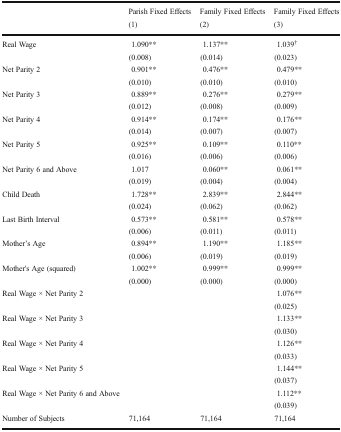
<table><thead><tr><td></td><td><b>Parish Fixed Effects</b></td><td><b>Family Fixed Effects</b></td><td><b>Family Fixed Effects</b></td></tr><tr><td></td><td><b>(1)</b></td><td><b>(2)</b></td><td><b>(3)</b></td></tr></thead><tbody><tr><td rowspan="2">Real Wage</td><td>1.090**</td><td>1.137**</td><td>1.039<sup>†</sup></td></tr><tr><td>(0.008)</td><td>(0.014)</td><td>(0.023)</td></tr><tr><td rowspan="2">Net Parity 2</td><td>0.901**</td><td>0.476**</td><td>0.479**</td></tr><tr><td>(0.010)</td><td>(0.010)</td><td>(0.010)</td></tr><tr><td rowspan="2">Net Parity 3</td><td>0.889**</td><td>0.276**</td><td>0.279**</td></tr><tr><td>(0.012)</td><td>(0.008)</td><td>(0.009)</td></tr><tr><td rowspan="2">Net Parity 4</td><td>0.914**</td><td>0.174**</td><td>0.176**</td></tr><tr><td>(0.014)</td><td>(0.007)</td><td>(0.007)</td></tr><tr><td rowspan="2">Net Parity 5</td><td>0.925**</td><td>0.109**</td><td>0.110**</td></tr><tr><td>(0.016)</td><td>(0.006)</td><td>(0.006)</td></tr><tr><td rowspan="2">Net Parity 6 and Above</td><td>1.017</td><td>0.060**</td><td>0.061**</td></tr><tr><td>(0.019)</td><td>(0.004)</td><td>(0.004)</td></tr><tr><td rowspan="2">Child Death</td><td>1.728**</td><td>2.839**</td><td>2.844**</td></tr><tr><td>(0.024)</td><td>(0.062)</td><td>(0.062)</td></tr><tr><td rowspan="2">Last Birth Interval</td><td>0.573**</td><td>0.581**</td><td>0.578**</td></tr><tr><td>(0.006)</td><td>(0.011)</td><td>(0.011)</td></tr><tr><td rowspan="2">Mother’s Age</td><td>0.894**</td><td>1.190**</td><td>1.185**</td></tr><tr><td>(0.006)</td><td>(0.019)</td><td>(0.019)</td></tr><tr><td rowspan="2">Mother&#x27;s Age (squared)</td><td>1.002**</td><td>0.999**</td><td>0.999**</td></tr><tr><td>(0.000)</td><td>(0.000)</td><td>(0.000)</td></tr><tr><td rowspan="2">Real Wage × Net Parity 2</td><td></td><td></td><td>1.076**</td></tr><tr><td></td><td></td><td>(0.025)</td></tr><tr><td rowspan="2">Real Wage × Net Parity 3</td><td></td><td></td><td>1.133**</td></tr><tr><td></td><td></td><td>(0.030)</td></tr><tr><td rowspan="2">Real Wage × Net Parity 4</td><td></td><td></td><td>1.126**</td></tr><tr><td></td><td></td><td>(0.033)</td></tr><tr><td rowspan="2">Real Wage × Net Parity 5</td><td></td><td></td><td>1.144**</td></tr><tr><td></td><td></td><td>(0.037)</td></tr><tr><td rowspan="2">Real Wage × Net Parity 6 and Above</td><td></td><td></td><td>1.112**</td></tr><tr><td></td><td></td><td>(0.039)</td></tr><tr><td>Number of Subjects</td><td>71,164</td><td>71,164</td><td>71,164</td></tr></tbody></table>